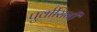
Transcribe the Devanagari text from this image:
पुर्वासिनी